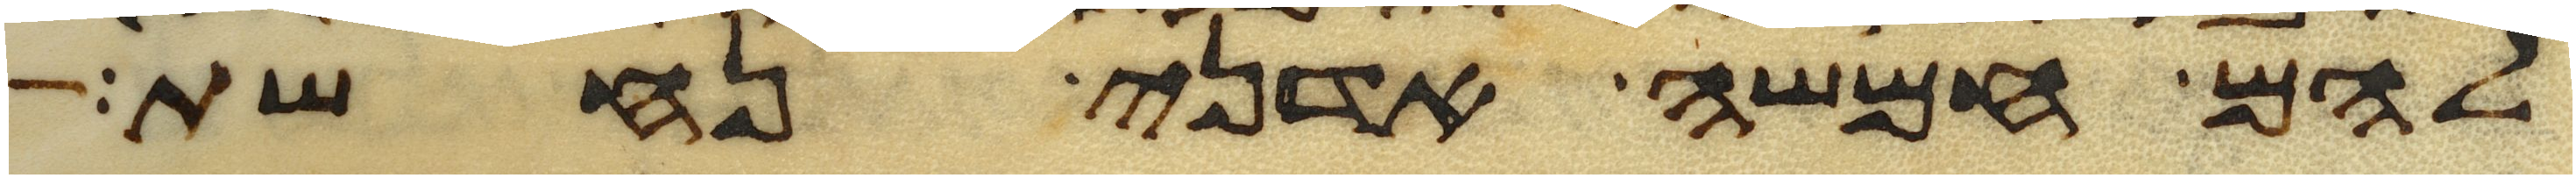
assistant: להם חמשה אדני נחשת